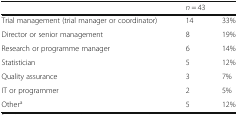
|  | <COLSPAN=2> n = 43 |
 | --- | --- | --- |
 | Trial management (trial manager or coordinator) | 14 | 33% |
 | Director or senior management | 8 | 19% |
 | Research or programme manager | 6 | 14% |
 | Statistician | 5 | 12% |
 | Quality assurance | 3 | 7% |
 | IT or programmer | 2 | 5% |
 | Othera | 5 | 12% |